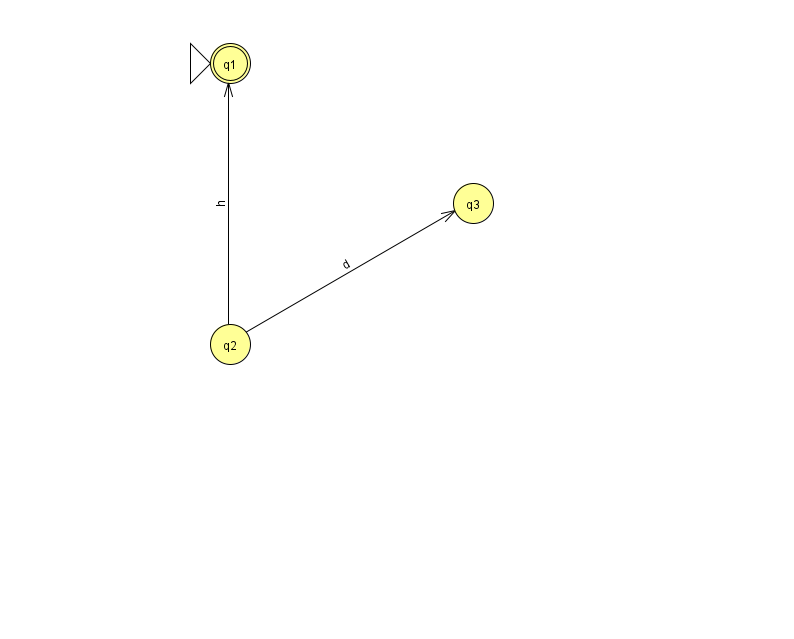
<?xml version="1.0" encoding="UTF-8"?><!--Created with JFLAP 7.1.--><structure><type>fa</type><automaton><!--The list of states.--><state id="1" name="q1"><x>230.0</x><y>50.0</y><initial/><final/></state><state id="2" name="q2"><x>230.0</x><y>331.0</y></state><state id="3" name="q3"><x>473.0</x><y>190.0</y></state><!--The list of transitions.--><transition><from>2</from><to>3</to><read>d</read></transition><transition><from>2</from><to>1</to><read>h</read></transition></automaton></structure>